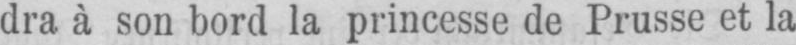
dra à son bord la princesse de Prusse et la